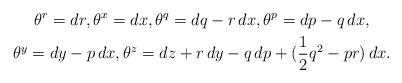
LaTeX: \begin{gather*}\theta^r = dr, \theta^x = dx, \theta^q = dq - r\,dx, \theta^p = dp - q\,dx,\\\theta^y = dy - p\, dx, \theta^z = dz + r\,dy - q\,dp + (\frac12 q^2 - pr) \,dx.\end{gather*}